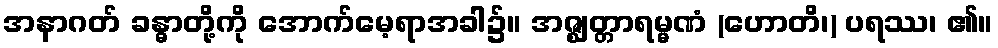
အနာဂတ် ခန္ဓာတို့ကို အောက်မေ့ရာအခါ၌။ အဇ္ဈတ္တာရမ္မဏံ (ဟောတိ၊) ပရဿ၊ ၏။